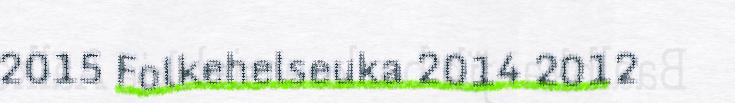
2015 Folkehelseuka 2014 2012